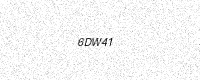
Text: 6DW41